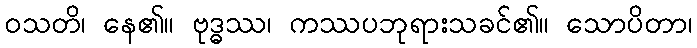
ဝသတိ၊ နေ၏။ ဗုဒ္ဓဿ၊ ကဿပဘုရားသခင်၏။ သောပိတာ၊